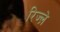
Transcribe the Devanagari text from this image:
रिज्ल़े